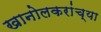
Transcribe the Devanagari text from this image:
खानोलकरांच्या